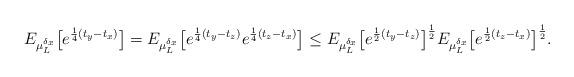
LaTeX: \begin{align*}E_{\mu_L^{\delta_x}}\big[e^{\frac14(t_y-t_x)}\big] = E_{\mu_L^{\delta_x}}\big[e^{\frac14(t_y-t_z)}e^{\frac14(t_z-t_x)}\big]\le E_{\mu_L^{\delta_x}}\big[e^{\frac12(t_y-t_z)}\big]^{\frac12} E_{\mu_L^{\delta_x}}\big[e^{\frac12(t_z-t_x)}\big]^{\frac12} .\end{align*}